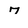
Character: 7